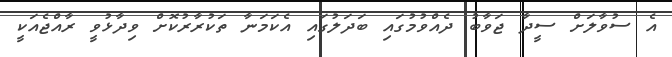
އެ ސުވާލަށް ސީދާ ޖަވާބު ދެއްވުމުގައި ބަދަލުގައި އެކަމަނާ ތަކުރާރުކޮށް ވިދާޅުވީ ރާއްޖެއަކީ